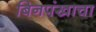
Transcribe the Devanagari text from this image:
बिनपंखाचा